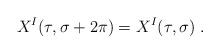
LaTeX: \begin{align*}X^I (\tau, \sigma+2 \pi) = X^I (\tau, \sigma)~.\end{align*}